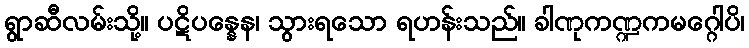
ရွာဆီလမ်းသို့။ ပဋိပန္နေန၊ သွားရသော ရဟန်းသည်။ ခါဏုကဏ္ဍကမဂ္ဂေါပိ၊